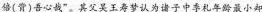
倍(背)吾心哉”。其父吴王寿梦认为诸子中季札年龄最小却